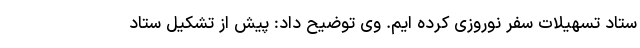
ستاد تسهیلات سفر نوروزی کرده ایم. وی توضیح داد: پیش از تشکیل ستاد